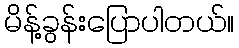
မိန့်ခွန်းပြောပါတယ်။